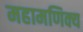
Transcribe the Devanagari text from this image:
महामणिक्य